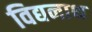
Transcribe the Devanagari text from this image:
विद्यनाथ